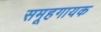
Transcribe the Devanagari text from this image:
समूहगायक